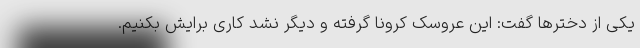
یکی از دخترها گفت: این عروسک کرونا گرفته و دیگر نشد کاری برایش بکنیم.